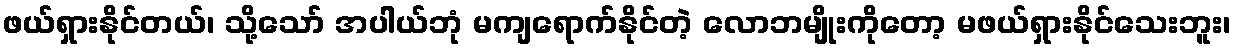
ဖယ်ရှားနိုင်တယ်၊ သို့သော် အပါယ်ဘုံ မကျရောက်နိုင်တဲ့ လောဘမျိုးကိုတော့ မဖယ်ရှားနိုင်သေးဘူး၊